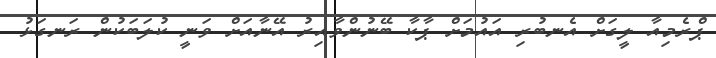
ޕްރެމިއާ ލީގަށް އެނބުރި އައުމަށް ޕާކާ ބޭނުންވާއިރު އޭނާއަށް ވަނީ ކުލަބަކުން ރަނގަޅު